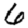
Digit: 6